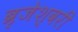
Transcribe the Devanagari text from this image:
ब्रृजेश्वरी